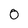
Character: 0